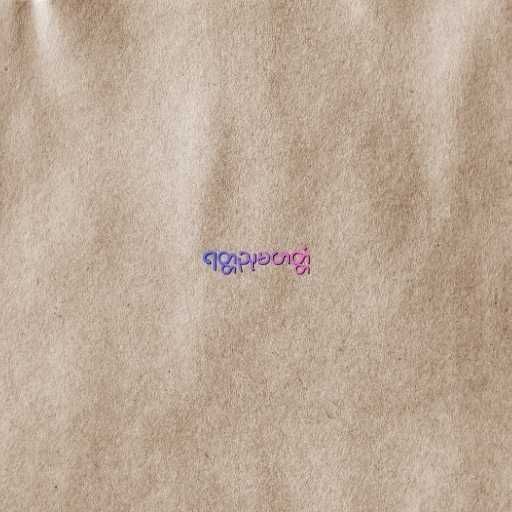
ရတ္တညုမဟတ္တံ